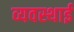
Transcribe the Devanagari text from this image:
व्यवस्थाई